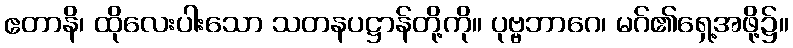
ဧတာနိ၊ ထိုလေးပါးသော သတနပဋ္ဌာန်တို့ကို။ ပုဗ္ဗဘာဂေ၊ မဂ်၏ရှေ့အဖို့၌။